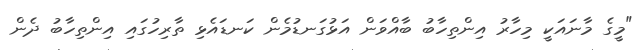
"މީގެ މާނައަކީ މިހާރު އިންތިހާބު ބާއްވަން އަޅުގަނޑުމެން ކަނޑައެޅި ތާރިހުގައި އިންތިހާބު ދެން